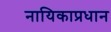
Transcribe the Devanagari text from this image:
नायिकाप्रधान